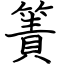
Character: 簀